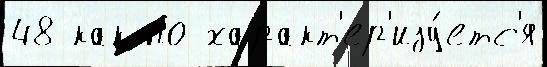
48 как по характ'ер'изу́етс'я